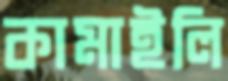
কামাইলি